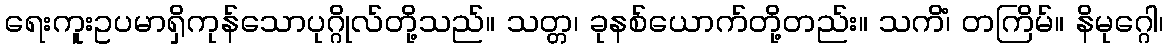
ရေးကူးဥပမာရှိကုန်သောပုဂ္ဂိုလ်တို့သည်။ သတ္တ၊ ခုနစ်ယောက်တို့တည်း။ သကိံ၊ တကြိမ်။ နိမုဂ္ဂေါ၊